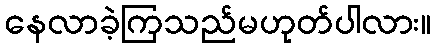
နေလာခဲ့ကြသည်မဟုတ်ပါလား။